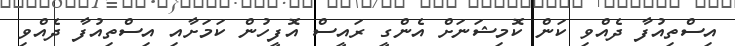
އިސްތިއުފާ ދެއްވި ކަން ކޮމިޝަނަށް އެންގީ ރައީސް އޮފީހުން ކަމަށާއި އިސްތިއުފާ ދެއްވި